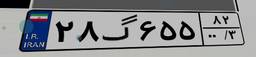
۲۸گ۶۵۵۸۲